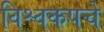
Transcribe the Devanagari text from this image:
विश्वकपचे